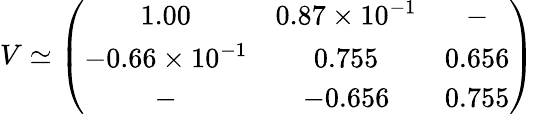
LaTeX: V\simeq\left(\begin{array}{ccc}{{1.00}}&{{0.87\times 10^{-1}}}&{{-}}\\ {{-0.66\times 10^{-1}}}&{{0.755}}&{{0.656}}\\ {{-}}&{{-0.656}}&{{0.755}}\end{array}\right)